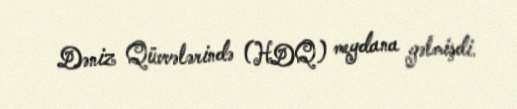
Dəniz Qüvvələrində (HDQ) meydana gəlmişdi.